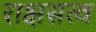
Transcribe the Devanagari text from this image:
राक्षसत्व